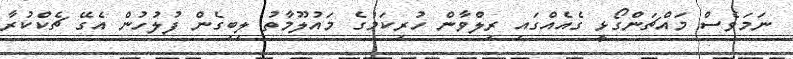
ނަމަވެސް މައްޗަންގޯޅީ ގެއެއްގައި ރިލްވާން ހުރިކަމުގެ މައުލޫމާތު ލިބިގެން ފުލުހުން އެގޭ ޗެކްކުރާ